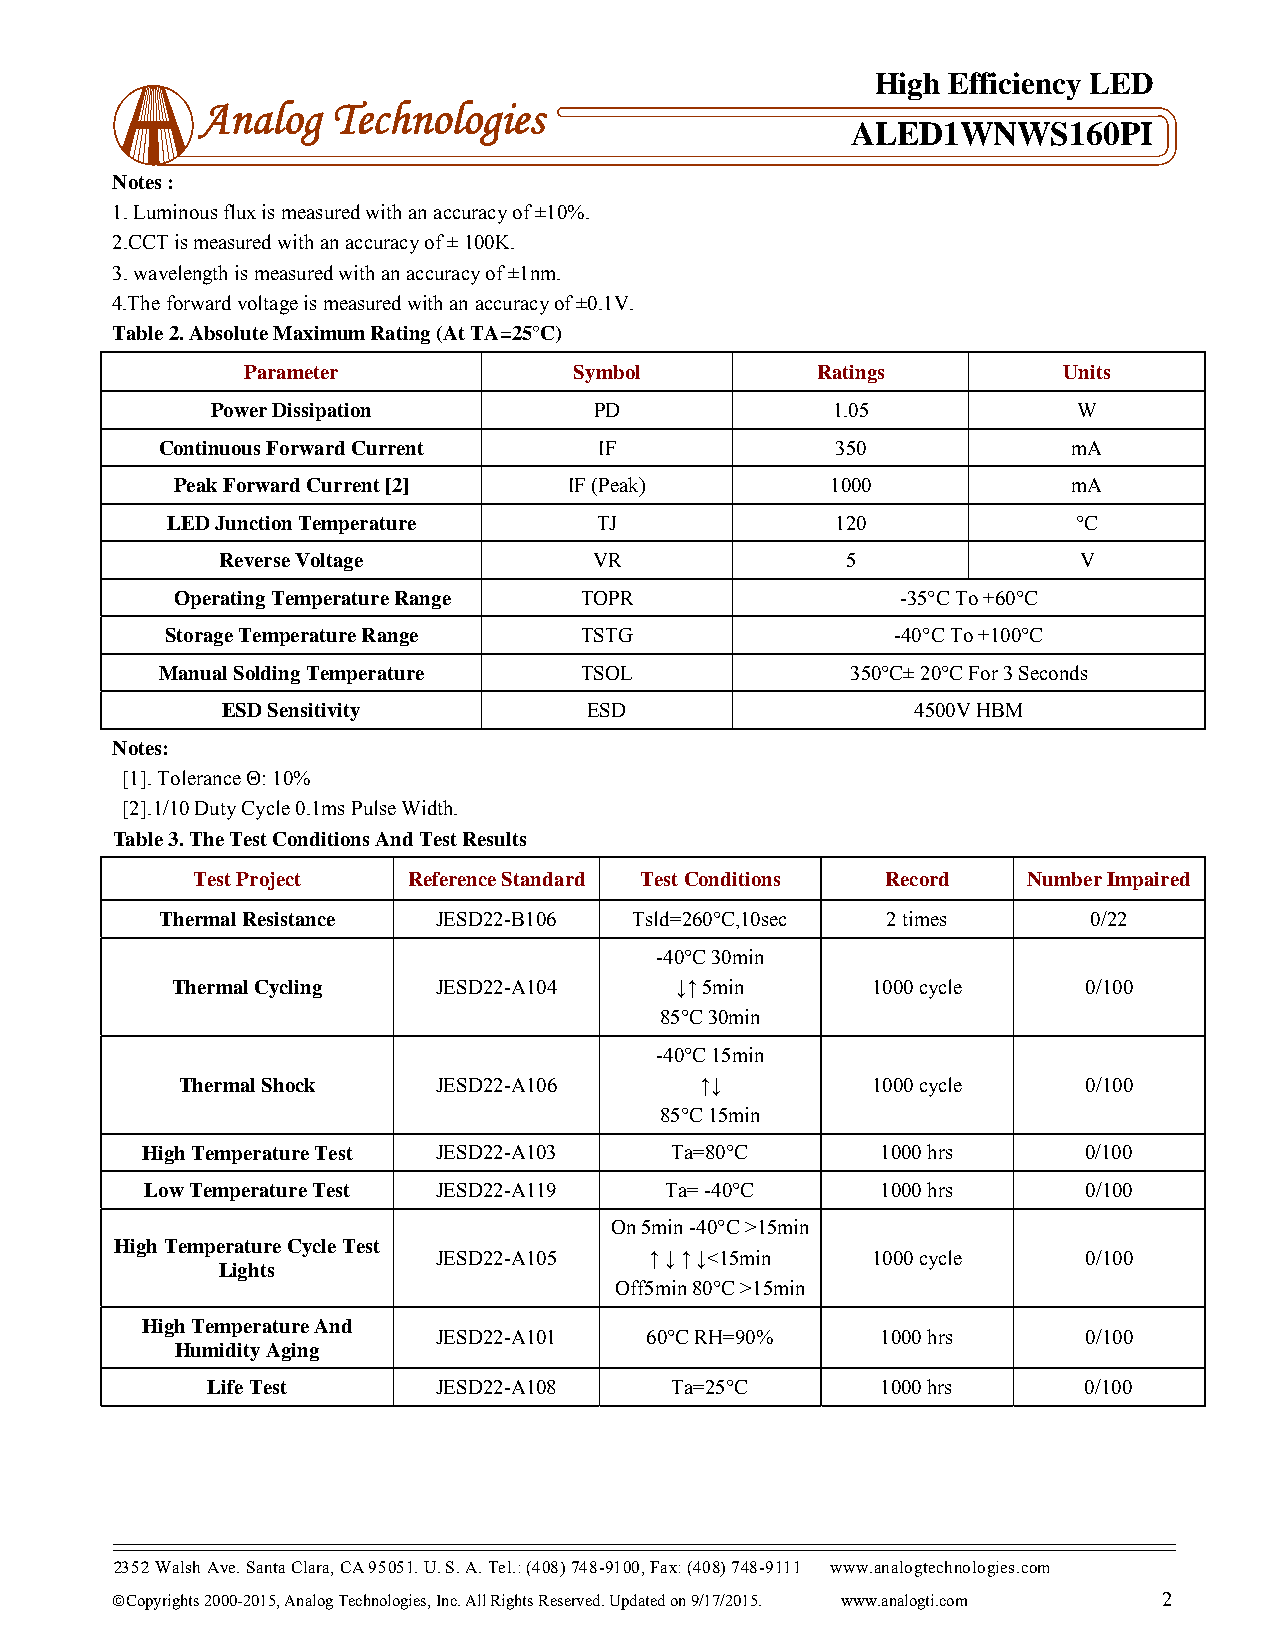
High Efficiency LED
 Analog   Technologies
 ALED1WNWS160PI
 Notes :
 1. Luminous flux is measured with an accuracy of ±10%.
 2.CCT is measured with an accuracy of ± 100K.
 3. wavelength is measured with an accuracy of ±1nm.
 4.The forward voltage is measured with an accuracy of ±0.1V.
 Table 2. Absolute Maximum Rating (At TA=25°C)
 Parameter             Symbol          Ratings         Units
 Power Dissipation        PD              1.05            W
 Continuous Forward Current   IF             350             mA
 Peak Forward Current [2]   IF (Peak)        1000            mA
 LED Junction Temperature     TJ             120             °C
 Reverse Voltage         VR               5              V
 Operating Temperature Range TOPR                -35°C To +60°C
 Storage Temperature Range  TSTG                 -40°C To +100°C
 Manual Solding Temperature TSOL              350°C± 20°C For 3 Seconds
 ESD Sensitivity         ESD                   4500V HBM
 Notes:
 [1]. Tolerance Θ: 10%
 [2].1/10 Duty Cycle 0.1ms Pulse Width.
 Table 3. The Test Conditions And Test Results
 Test Project  Reference Standard Test Conditions Record Number Impaired
 Thermal Resistance JESD22-B106 Tsld=260°C,10sec 2 times      0/22
 -40°C 30min
 Thermal Cycling   JESD22-A104     ↓↑ 5min      1000 cycle    0/100
 85°C 30min
 -40°C 15min
 Thermal Shock    JESD22-A106      ↑↓          1000 cycle    0/100
 85°C 15min
 High Temperature Test JESD22-A103  Ta=80°C       1000 hrs      0/100
 Low Temperature Test JESD22-A119  Ta= -40°C     1000 hrs      0/100
 On 5min -40°C >15min
 High Temperature Cycle Test
 JESD22-A105   ↑ ↓ ↑ ↓<15min  1000 cycle    0/100
 Lights
 Off5min 80°C >15min
 High Temperature And
 JESD22-A101   60°C RH=90%    1000 hrs      0/100
 Humidity Aging
 Life Test      JESD22-A108    Ta=25°C       1000 hrs      0/100
 2352 Walsh Ave. Santa Clara, CA 95051. U. S. A. Tel.: (408) 748-9100, Fax: (408) 748-9111 www.analogtechnologies.com
 ©Copyrights 2000-2015, Analog Technologies, Inc. All Rights Reserved. Updated on 9/17/2015. www.analogti.com 2